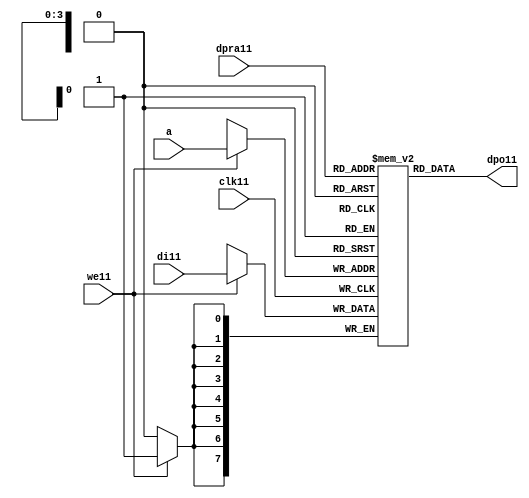
//////////////////////////////////////////////////////////////////////
////                                                              ////
////  raminfr11.v                                                   ////
////                                                              ////
////                                                              ////
////  This11 file is part of the "UART11 16550 compatible11" project11    ////
////  http11://www11.opencores11.org11/cores11/uart1655011/                   ////
////                                                              ////
////  Documentation11 related11 to this project11:                      ////
////  - http11://www11.opencores11.org11/cores11/uart1655011/                 ////
////                                                              ////
////  Projects11 compatibility11:                                     ////
////  - WISHBONE11                                                  ////
////  RS23211 Protocol11                                              ////
////  16550D uart11 (mostly11 supported)                              ////
////                                                              ////
////  Overview11 (main11 Features11):                                   ////
////  Inferrable11 Distributed11 RAM11 for FIFOs11                        ////
////                                                              ////
////  Known11 problems11 (limits11):                                    ////
////  None11                .                                       ////
////                                                              ////
////  To11 Do11:                                                      ////
////  Nothing so far11.                                             ////
////                                                              ////
////  Author11(s):                                                  ////
////      - gorban11@opencores11.org11                                  ////
////      - Jacob11 Gorban11                                          ////
////                                                              ////
////  Created11:        2002/07/22                                  ////
////  Last11 Updated11:   2002/07/22                                  ////
////                  (See log11 for the revision11 history11)          ////
////                                                              ////
////                                                              ////
//////////////////////////////////////////////////////////////////////
////                                                              ////
//// Copyright11 (C) 2000, 2001 Authors11                             ////
////                                                              ////
//// This11 source11 file may be used and distributed11 without         ////
//// restriction11 provided that this copyright11 statement11 is not    ////
//// removed from the file and that any derivative11 work11 contains11  ////
//// the original copyright11 notice11 and the associated disclaimer11. ////
////                                                              ////
//// This11 source11 file is free software11; you can redistribute11 it   ////
//// and/or modify it under the terms11 of the GNU11 Lesser11 General11   ////
//// Public11 License11 as published11 by the Free11 Software11 Foundation11; ////
//// either11 version11 2.1 of the License11, or (at your11 option) any   ////
//// later11 version11.                                               ////
////                                                              ////
//// This11 source11 is distributed11 in the hope11 that it will be       ////
//// useful11, but WITHOUT11 ANY11 WARRANTY11; without even11 the implied11   ////
//// warranty11 of MERCHANTABILITY11 or FITNESS11 FOR11 A PARTICULAR11      ////
//// PURPOSE11.  See the GNU11 Lesser11 General11 Public11 License11 for more ////
//// details11.                                                     ////
////                                                              ////
//// You should have received11 a copy of the GNU11 Lesser11 General11    ////
//// Public11 License11 along11 with this source11; if not, download11 it   ////
//// from http11://www11.opencores11.org11/lgpl11.shtml11                     ////
////                                                              ////
//////////////////////////////////////////////////////////////////////
//
// CVS11 Revision11 History11
//
// $Log: not supported by cvs2svn11 $
// Revision11 1.1  2002/07/22 23:02:23  gorban11
// Bug11 Fixes11:
//  * Possible11 loss of sync and bad11 reception11 of stop bit on slow11 baud11 rates11 fixed11.
//   Problem11 reported11 by Kenny11.Tung11.
//  * Bad (or lack11 of ) loopback11 handling11 fixed11. Reported11 by Cherry11 Withers11.
//
// Improvements11:
//  * Made11 FIFO's as general11 inferrable11 memory where possible11.
//  So11 on FPGA11 they should be inferred11 as RAM11 (Distributed11 RAM11 on Xilinx11).
//  This11 saves11 about11 1/3 of the Slice11 count and reduces11 P&R and synthesis11 times.
//
//  * Added11 optional11 baudrate11 output (baud_o11).
//  This11 is identical11 to BAUDOUT11* signal11 on 16550 chip11.
//  It outputs11 16xbit_clock_rate - the divided11 clock11.
//  It's disabled by default. Define11 UART_HAS_BAUDRATE_OUTPUT11 to use.
//

//Following11 is the Verilog11 code11 for a dual11-port RAM11 with asynchronous11 read. 
module raminfr11   
        (clk11, we11, a, dpra11, di11, dpo11); 

parameter addr_width11 = 4;
parameter data_width11 = 8;
parameter depth = 16;

input clk11;   
input we11;   
input  [addr_width11-1:0] a;   
input  [addr_width11-1:0] dpra11;   
input  [data_width11-1:0] di11;   
//output [data_width11-1:0] spo11;   
output [data_width11-1:0] dpo11;   
reg    [data_width11-1:0] ram11 [depth-1:0]; 

wire [data_width11-1:0] dpo11;
wire  [data_width11-1:0] di11;   
wire  [addr_width11-1:0] a;   
wire  [addr_width11-1:0] dpra11;   
 
  always @(posedge clk11) begin   
    if (we11)   
      ram11[a] <= di11;   
  end   
//  assign spo11 = ram11[a];   
  assign dpo11 = ram11[dpra11];   
endmodule